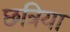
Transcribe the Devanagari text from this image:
छत्रिया